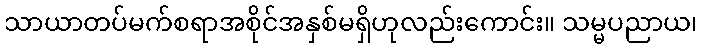
သာယာတပ်မက်စရာအစိုင်အနှစ်မရှိဟုလည်းကောင်း။ သမ္မပညာယ၊